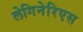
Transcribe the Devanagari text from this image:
लेगिनेरिएस